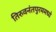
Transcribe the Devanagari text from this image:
तिरुवनंतपुरममध्ये